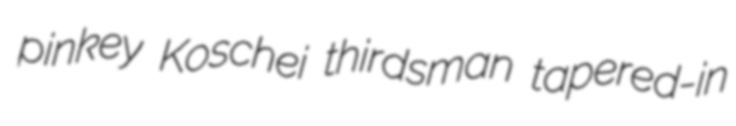
pinkey Koschei thirdsman tapered-in